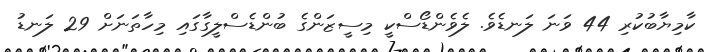
ކާމިޔާބުކުރި 44 ވަނަ ލަނޑެވެ. ލެވެންޑޯސްކީ މިސީޒަންގެ ބުންޑެސްލީގާގައި މިހާތަނަށް 29 ލަނޑު